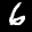
Label: 6